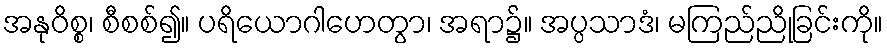
အနုဝိစ္စ၊ စီစစ်၍။ ပရိယောဂါဟေတွာ၊ အရာ၌။ အပ္ပသာဒံ၊ မကြည်ညိုခြင်းကို။